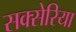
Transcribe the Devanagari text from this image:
सक्सेरिया